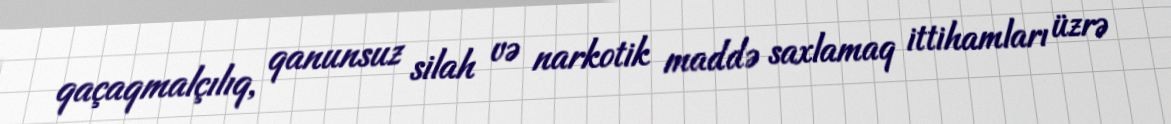
qaçaqmalçılıq, qanunsuz silah və narkotik maddə saxlamaq ittihamları üzrə